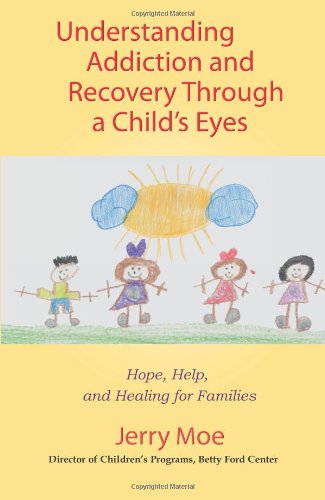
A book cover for Understanding Addiction and Recovery Through a Child's Eyes: Hope, Help, and Healing for Families; Jerry Moe  M.A.; Health, Fitness & Dieting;